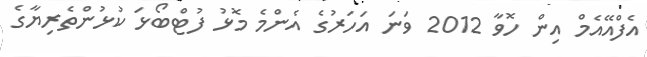
އެފްއޭއެމް އިން ހޮވާ 2012 ވަނަ އަހަރުގެ އެންމެ މޮޅު ފުޓްބޯޅަ ކުޅުންތެރިޔާގެ